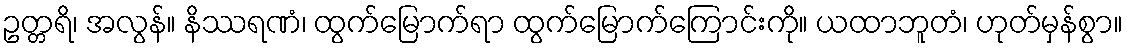
ဥတ္တရိ၊ အလွန်။ နိဿရဏံ၊ ထွက်မြောက်ရာ ထွက်မြောက်ကြောင်းကို။ ယထာဘူတံ၊ ဟုတ်မှန်စွာ။